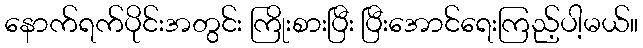
နောက်ရက်ပိုင်းအတွင်း ကြိုးစားပြီး ပြီးအောင်ရေးကြည့်ပါ့မယ်။